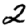
Digit: 2